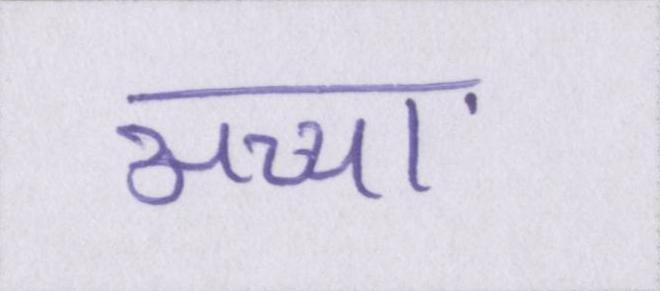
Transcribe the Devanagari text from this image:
अच्चा